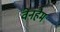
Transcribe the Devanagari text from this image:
वेनहैम